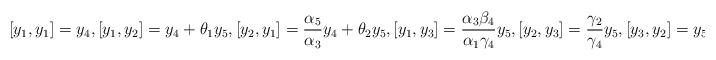
LaTeX: \begin{align*}[y_1, y_1]=y_4, [y_1, y_2]=y_4+\theta_1y_5, [y_2, y_1]=\frac{\alpha_5}{\alpha_3}y_4+\theta_2y_5, [y_1, y_3]=\frac{\alpha_3\beta_4}{\alpha_1\gamma_4}y_5, [y_2, y_3]=\frac{\gamma_2}{\gamma_4}y_5, [y_3, y_2]=y_5.\end{align*}